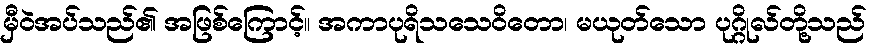
မှီဝဲအပ်သည်၏ အဖြစ်ကြောင့်။ အကာပုရိသသေဝိတော၊ မယုတ်သော ပုဂ္ဂိုလ်တို့သည်